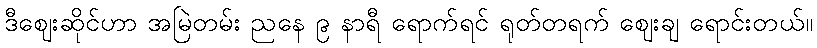
ဒီဈေးဆိုင်ဟာ အမြဲတမ်း ညနေ ၉ နာရီ ရောက်ရင် ရုတ်တရက် ဈေးချ ရောင်းတယ်။